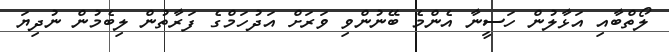
ލޯތްބާއި އަޅާލުން ހަސީނާ އެންމެ ބޭނުންވި ވަރަށް އަދުހަމްގެ ފަރާތުން ލިބެމުން ނުދިޔަ